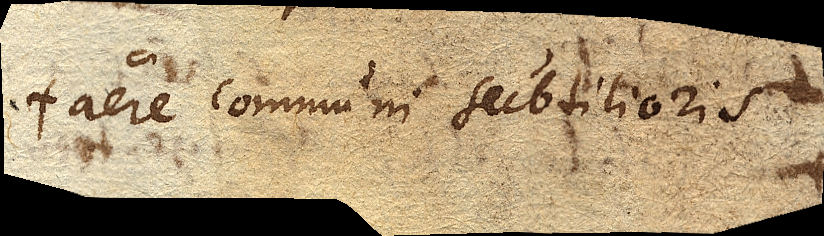
aere communi subtilioris